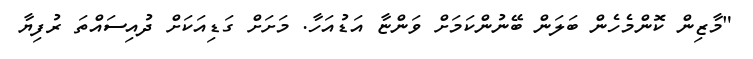
"މާޒިން ކޮންމެހެން ބަލަން ބޭނުންކަމަށް ވަންޏާ އަޑުއަހާ. މަށަށް ގަޑިއަކަށް ދުއިސައްތަ ރުފިޔާ